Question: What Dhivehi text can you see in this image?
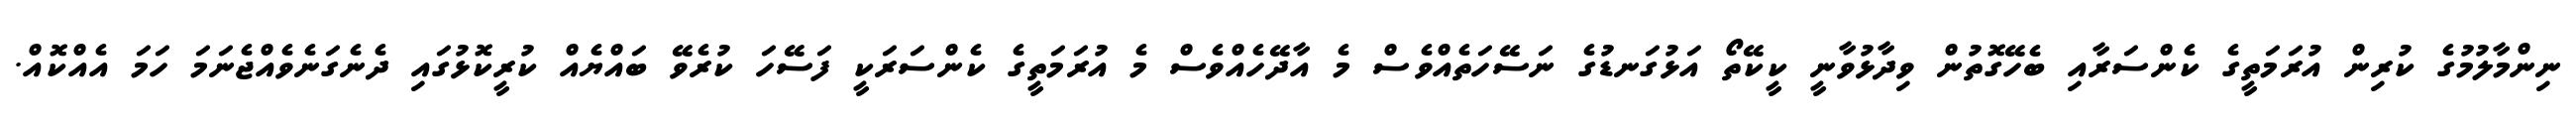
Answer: ނިންމާލުމުގެ ކުރިން އުރަމަތީގެ ކެންސަރާއި ބެހޭގޮތުން ވިދާޅުވާނީ ކީކޭތޯ އަޅުގަނޑުގެ ނަސޭހަތެއްވެސް މެ އާދޭހެއްވެސް މެ އުރަމަތީގެ ކެންސަރަކީ ފަސޭހަ ކުރެވޭ ބައްޔެއް ކުރީކޮޅުގައި ދެނެގަނެވެއްޖެނަމަ ހަމަ އެއްކޮއް.